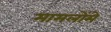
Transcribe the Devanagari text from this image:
मामलोंमे